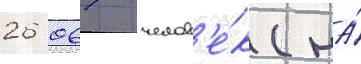
26 067 челов'е́к (на́